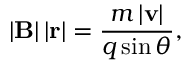
\left| \mathbf { B } \right| \left| \mathbf { r } \right| = { \frac { m \left| \mathbf { v } \right| } { q \sin \theta } } , \,